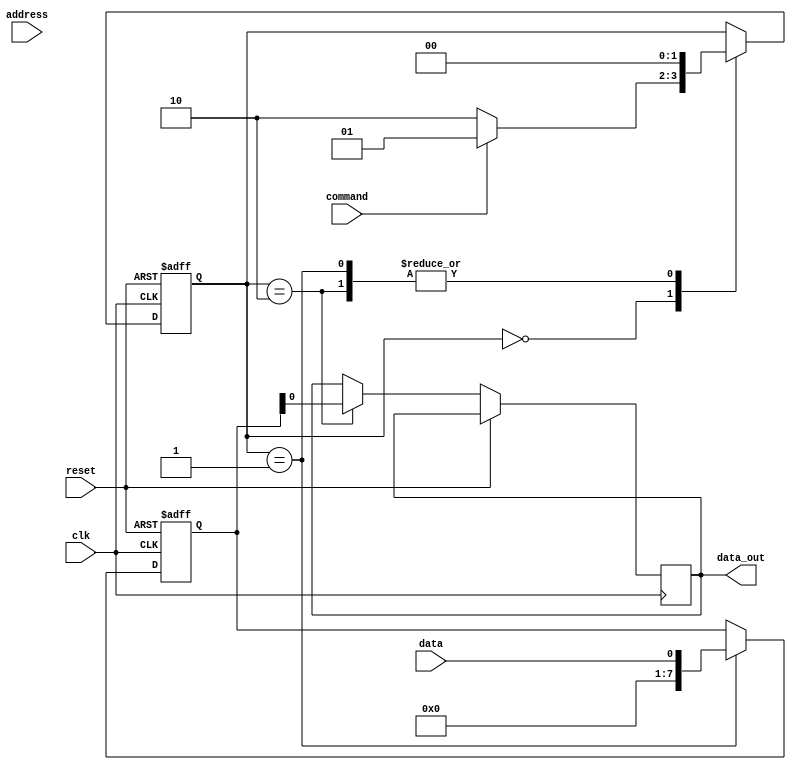
module ddr_sdram(
    input clk,
    input reset,
    input data,
    input command,
    input address,
    output reg data_out
);

reg [7:0] data_reg;
reg [1:0] state;

parameter IDLE = 2'b00;
parameter WRITE = 2'b01;
parameter READ = 2'b10;

always @(posedge clk or posedge reset) begin
    if(reset) begin
        state <= IDLE;
        data_reg <= 8'b0;
    end
    else begin
        case(state)
            IDLE: begin
                if(command == 1'b1) begin
                    state <= WRITE;
                end
                else if(command == 1'b0) begin
                    state <= READ;
                end
            end
            
            WRITE: begin
                data_reg <= data;
                state <= IDLE;
            end
            
            READ: begin
                data_out <= data_reg;
                state <= IDLE;
            end
        endcase
    end
end

endmodule